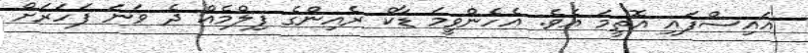
އައިސްފައި އޮތީމަ އެވެ. އެހެންވީމަ ޑާކް ރެއިންގެ ފިލްމެއް ދެ ވަނަ ފަހަރަށް